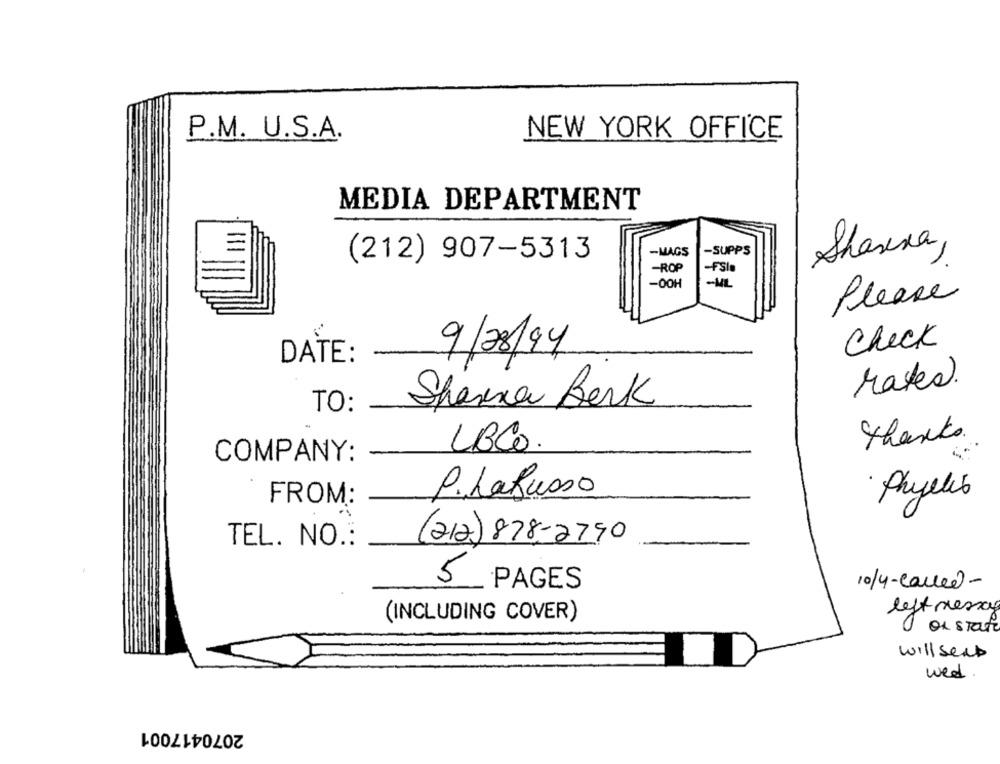
P.M. U.S.A.
NEW YORK OFFICE
MEDIA DEPARTMENT
-MAGS
-SUPPS
Shanna,
(212) 907-5313
-ROP
-FSia
-00H
Please
Check
9/28/94
DATE:
rates.
Shanna Berk
TO:
thanks.
LBCO.
COMPANY:
P. LaRusso
· Phyllis
FROM:
TEL. NO .:
(212) 878-2790
5 PAGES
10/4-called-
left resa
(INCLUDING COVER)
of state
will send
wed
2070417001